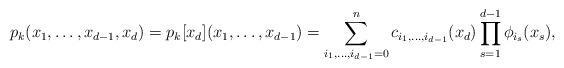
LaTeX: \begin{align*} p_k(x_1,\ldots,x_{d-1},x_d) = p_k[x_d](x_1,\ldots,x_{d-1}) = \sum_{i_1,\ldots,i_{d-1}=0}^{n} c_{i_1,\ldots,i_{d-1}}(x_d)\prod_{s=1}^{d-1}\phi_{i_s}(x_s),\end{align*}